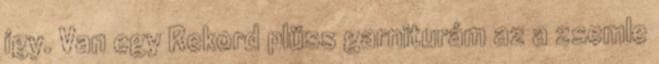
így. Van egy Rekord plüss garniturám az a zsemle